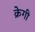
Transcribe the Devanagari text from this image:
क्रेगी